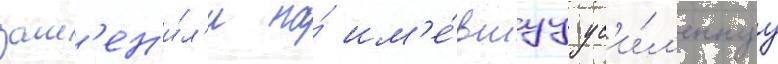
зам'ен'и́л'и на́ им'е́вшуу ус'и́л'еннуу